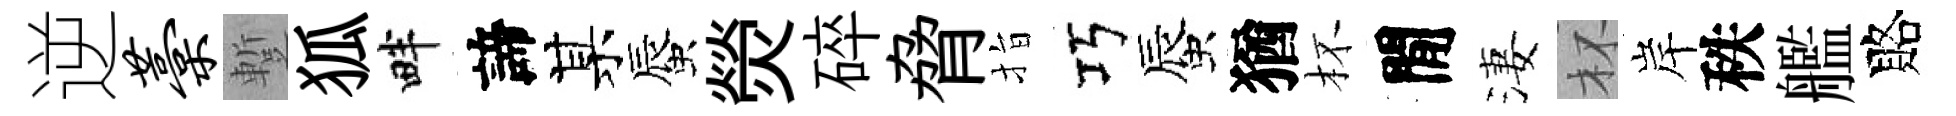
逆藁蹔狐畔諦某蜃熒碎脅指巧蜃猶杯閒淒杯岸秩艦賂